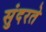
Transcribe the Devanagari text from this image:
सुंदरते